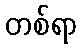
တစ်ရာ